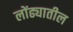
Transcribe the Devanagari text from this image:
लोंढ्यातील